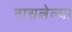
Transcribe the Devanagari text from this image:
नासलेल्या